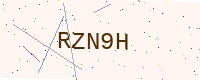
Text: RZN9H